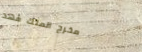
مخرج الملك فهد